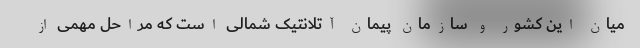
میان این کشور و سازمان پیمان آتلانتیک شمالی است که مراحل مهمی از